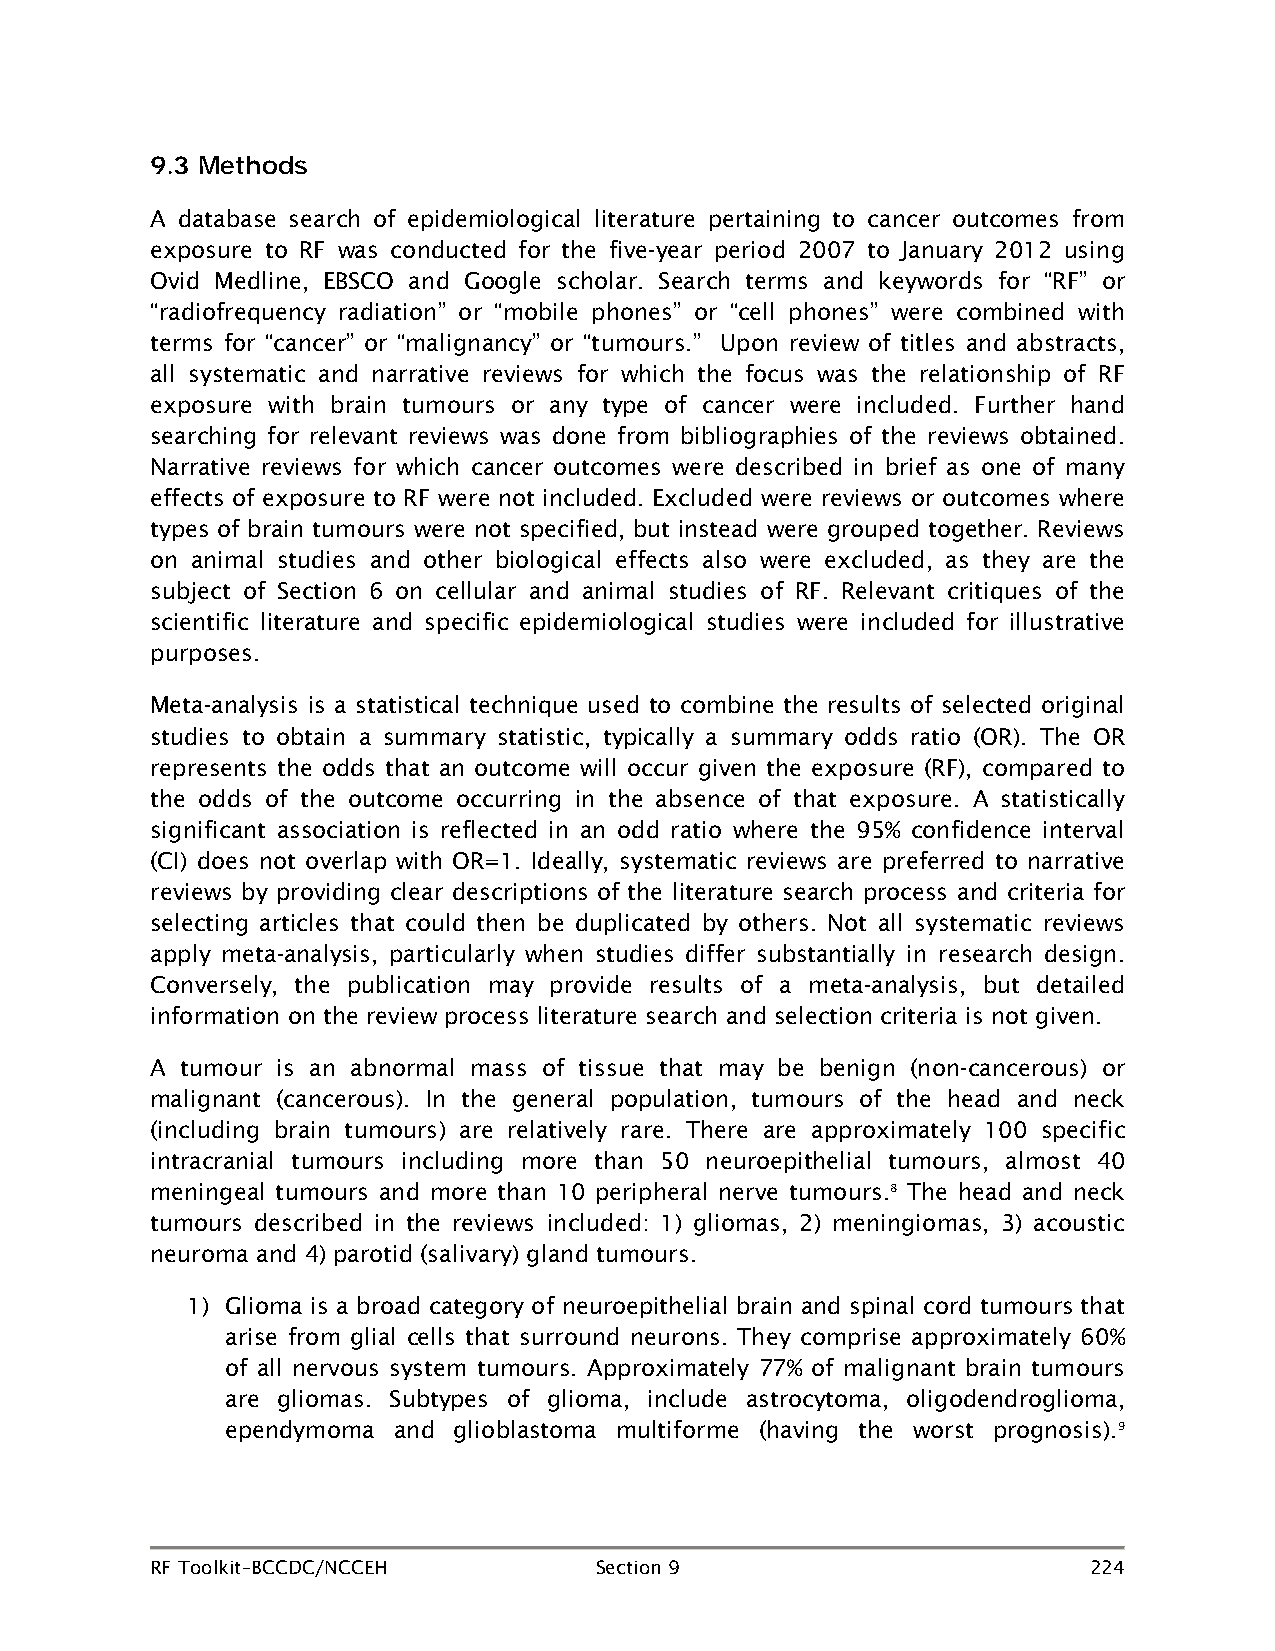
9.3 Methods
 A database search of epidemiological literature pertaining to cancer outcomes from
 exposure to RF was conducted for the five-year period 2007 to January 2012 using
 Ovid Medline, EBSCO and Google scholar. Search terms and keywords for “RF” or
 “radiofrequency radiation” or “mobile phones” or “cell phones” were combined with
 terms for “cancer” or “malignancy” or “tumours.” Upon review of titles and abstracts,
 all systematic and narrative reviews for which the focus was the relationship of RF
 exposure with brain tumours or any type of cancer were included. Further hand
 searching for relevant reviews was done from bibliographies of the reviews obtained.
 Narrative reviews for which cancer outcomes were described in brief as one of many
 effects of exposure to RF were not included. Excluded were reviews or outcomes where
 types of brain tumours were not specified, but instead were grouped together. Reviews
 on animal studies and other biological effects also were excluded, as they are the
 subject of Section 6 on cellular and animal studies of RF. Relevant critiques of the
 scientific literature and specific epidemiological studies were included for illustrative
 purposes.
 Meta-analysis is a statistical technique used to combine the results of selected original
 studies to obtain a summary statistic, typically a summary odds ratio (OR). The OR
 represents the odds that an outcome will occur given the exposure (RF), compared to
 the odds of the outcome occurring in the absence of that exposure. A statistically
 significant association is reflected in an odd ratio where the 95% confidence interval
 (CI) does not overlap with OR=1. Ideally, systematic reviews are preferred to narrative
 reviews by providing clear descriptions of the literature search process and criteria for
 selecting articles that could then be duplicated by others. Not all systematic reviews
 apply meta-analysis, particularly when studies differ substantially in research design.
 Conversely, the publication may provide results of a meta-analysis, but detailed
 information on the review process literature search and selection criteria is not given.
 A tumour is an abnormal mass of tissue that may be benign (non-cancerous) or
 malignant (cancerous). In the general population, tumours of the head and neck
 (including brain tumours) are relatively rare. There are approximately 100 specific
 intracranial tumours including more than 50 neuroepithelial tumours, almost 40
 meningeal tumours and more than 10 peripheral nerve tumours.8 The head and neck
 tumours described in the reviews included: 1) gliomas, 2) meningiomas, 3) acoustic
 neuroma and 4) parotid (salivary) gland tumours.
 1) Glioma is a broad category of neuroepithelial brain and spinal cord tumours that
 arise from glial cells that surround neurons. They comprise approximately 60%
 of all nervous system tumours. Approximately 77% of malignant brain tumours
 are gliomas. Subtypes of glioma, include astrocytoma, oligodendroglioma,
 ependymoma and glioblastoma multiforme (having the worst prognosis).9
 RF Toolkit–BCCDC/NCCEH       Section 9                        224